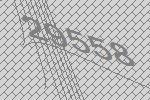
29558